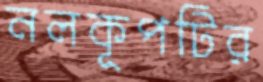
নলকূপটির